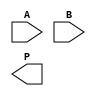
module WallaceTreeMultiplier #(parameter N = 4) (
    input [N-1:0] A,
    input [N-1:0] B,
    output [2*N-1:0] P
);

    // Partial product generation
    wire [N-1:0] pp [N-1:0]; // Partial products
    genvar i, j;
    generate
        for (i = 0; i < N; i = i + 1) begin : pp_gen
            for (j = 0; j < N; j = j + 1) begin : pp_row
                assign pp[i][j] = A[i] & B[j];
            end
        end
    endgenerate

    // Wallace tree reduction
    wire [N-1:0] sum [N-1:0]; // Sums from CSAs
    wire [N-1:0] carry [N-1:0]; // Carries from CSAs

    // First stage of Wallace tree
    generate
        for (i = 0; i < N; i = i + 1) begin : CSA_stage1
            if (i % 3 == 0) begin
                assign {carry[i/3], sum[i/3]} = pp[i] + pp[i+1] + pp[i+2];
            end
        end
    endgenerate

    // Second stage of Wallace tree
    wire [N-1:0] sum2 [N-1:0];
    wire [N-1:0] carry2 [N-1:0];

    generate
        for (i = 0; i < (N + 2) / 3; i = i + 1) begin : CSA_stage2
            if (i % 3 == 0) begin
                assign {carry2[i/3], sum2[i/3]} = sum[i] + sum[i+1] + sum[i+2];
            end
        end
    endgenerate

    // Final addition stage
    wire [2*N-1:0] final_sum;
    wire [2*N-1:0] final_carry;

    assign final_sum = {carry2[0], sum2[0]} + {1'b0, sum2[1]};

    // Assigning the final product output
    assign P = final_sum;

endmodule